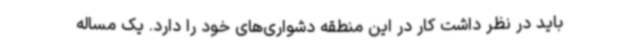
باید در نظر داشت کار در این منطقه دشواری‌های خود را دارد. یک مساله